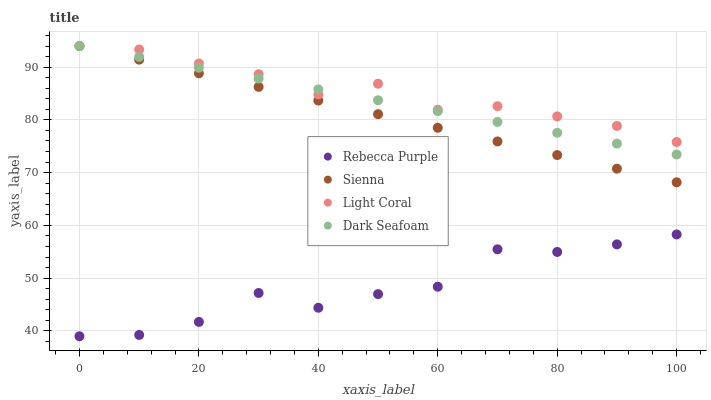
| xaxis_label | Rebecca Purple | Sienna | Light Coral | Dark Seafoam |
 | --- | --- | --- | --- | --- |
 | 0 | 39 | 94 | 94 | 94 |
 | 10 | 39.2 | 91.4 | 93.3 | 91.9 |
 | 20 | 41.7 | 88.8 | 90.7 | 89.9 |
 | 30 | 47.2 | 86.3 | 88.7 | 87.8 |
 | 40 | 44.4 | 83.7 | 84.8 | 85.8 |
 | 50 | 47 | 81.1 | 86.9 | 83.7 |
 | 60 | 48.4 | 78.5 | 81.9 | 81.7 |
 | 70 | 55.5 | 75.9 | 82.6 | 79.6 |
 | 80 | 55 | 73.3 | 80.7 | 77.6 |
 | 90 | 56.4 | 70.8 | 78.9 | 75.5 |
 | 100 | 58.3 | 68.2 | 75.8 | 73.4 |